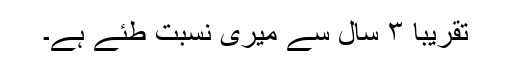
تقریبا ۳ سال سے میری نسبت طئے ہے۔